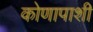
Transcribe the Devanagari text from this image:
कोणापाशी